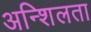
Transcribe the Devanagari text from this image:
अन्शिलता